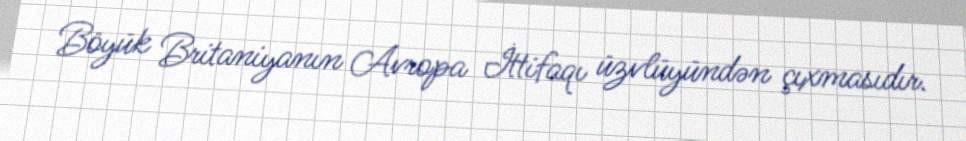
Böyük Britaniyanın Avropa İttifaqı üzvlüyündən çıxmasıdır.